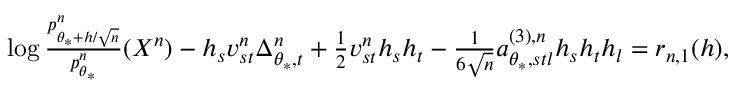
\begin{array} { r } { \log \frac { p _ { \theta _ { * } + h / \sqrt { n } } ^ { n } } { p _ { \theta _ { * } } ^ { n } } ( X ^ { n } ) - h _ { s } v _ { s t } ^ { n } \Delta _ { \theta _ { * } , t } ^ { n } + \frac { 1 } { 2 } v _ { s t } ^ { n } h _ { s } h _ { t } - \frac { 1 } { 6 \sqrt { n } } a _ { \theta _ { * } , s t l } ^ { ( 3 ) , n } h _ { s } h _ { t } h _ { l } = r _ { n , 1 } ( h ) , } \end{array}